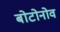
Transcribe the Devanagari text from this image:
बोटोनोव